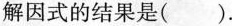
解因式的结果是( ).